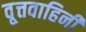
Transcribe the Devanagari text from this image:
वृ्त्तवाहिनी